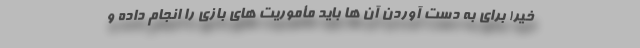
خیر! برای به دست آوردن آن ها باید مأموریت های بازی را انجام داده و